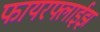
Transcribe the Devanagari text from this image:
फायरफ्लाईझ